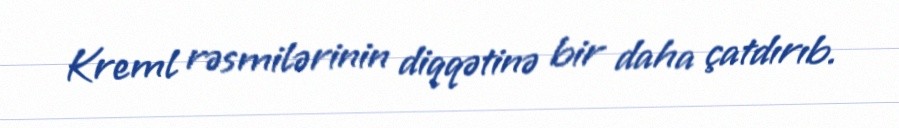
Kreml rəsmilərinin diqqətinə bir daha çatdırıb.